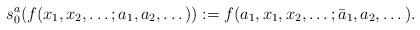
LaTeX: \begin{align*}s^{a}_0 (f(x_1,x_2,\dots ;a_1,a_2, \dots)) := f(a_1, x_1,x_2,\dots;\bar a_1,a_2,\dots).\end{align*}